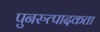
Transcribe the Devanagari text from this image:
पुनरुत्पादकता